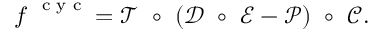
\boldsymbol f ^ { \mathrm { ~ \scriptsize ~ c ~ y ~ c ~ } } = \mathcal T ~ \circ ~ ( \mathcal D ~ \circ ~ \mathcal E - \mathcal P ) ~ \circ ~ \mathcal C .